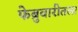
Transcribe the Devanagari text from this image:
फेब्रुवारीतला